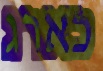
כארג